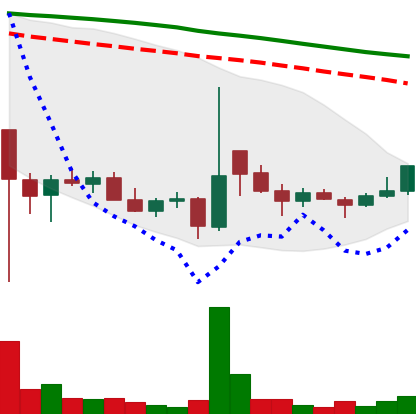
Ticker: DOGE-USD
Chart end date: 2021-12-23
Forward return: -5.622%
Label: down_5_7